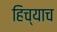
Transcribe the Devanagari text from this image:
हिच्याच